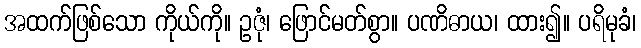
အထက်ဖြစ်သော ကိုယ်ကို။ ဥဇုံ၊ ဖြောင်မတ်စွာ။ ပဏိဓာယ၊ ထား၍။ ပရိမုခံ၊